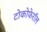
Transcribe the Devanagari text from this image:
टोकोफेरॉल